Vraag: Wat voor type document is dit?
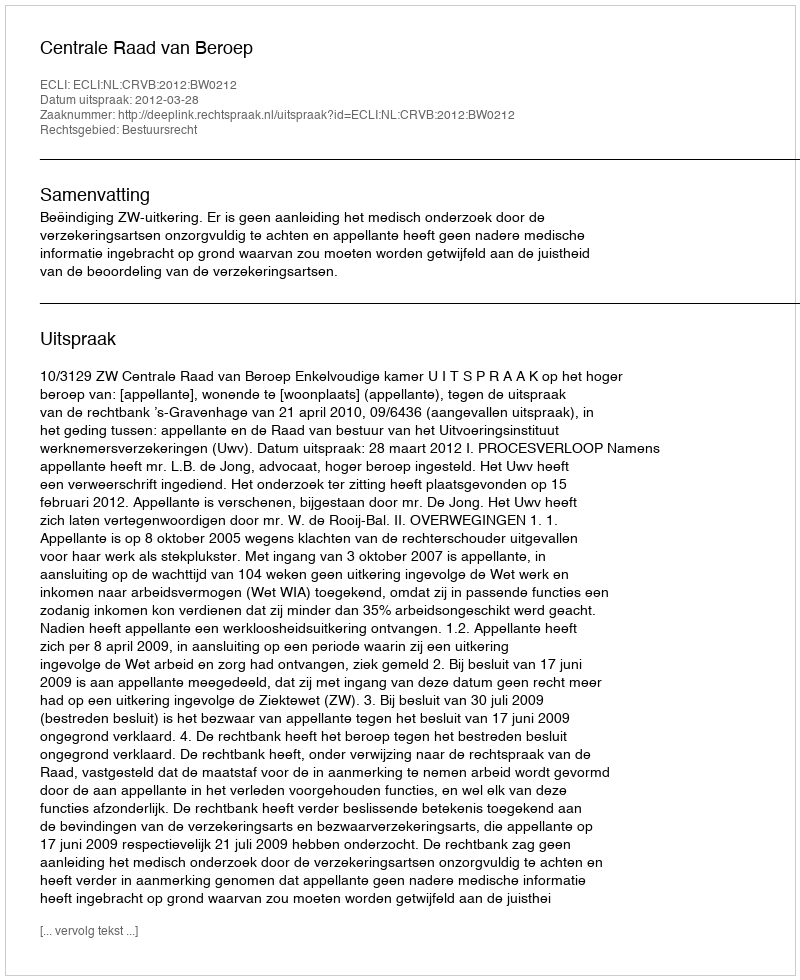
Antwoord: Uitspraak